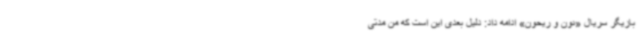
بازیگر سریال «نون و ریحون» ادامه داد: دلیل بعدی این است که من مدتی